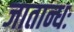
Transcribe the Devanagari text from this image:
जातान्धः